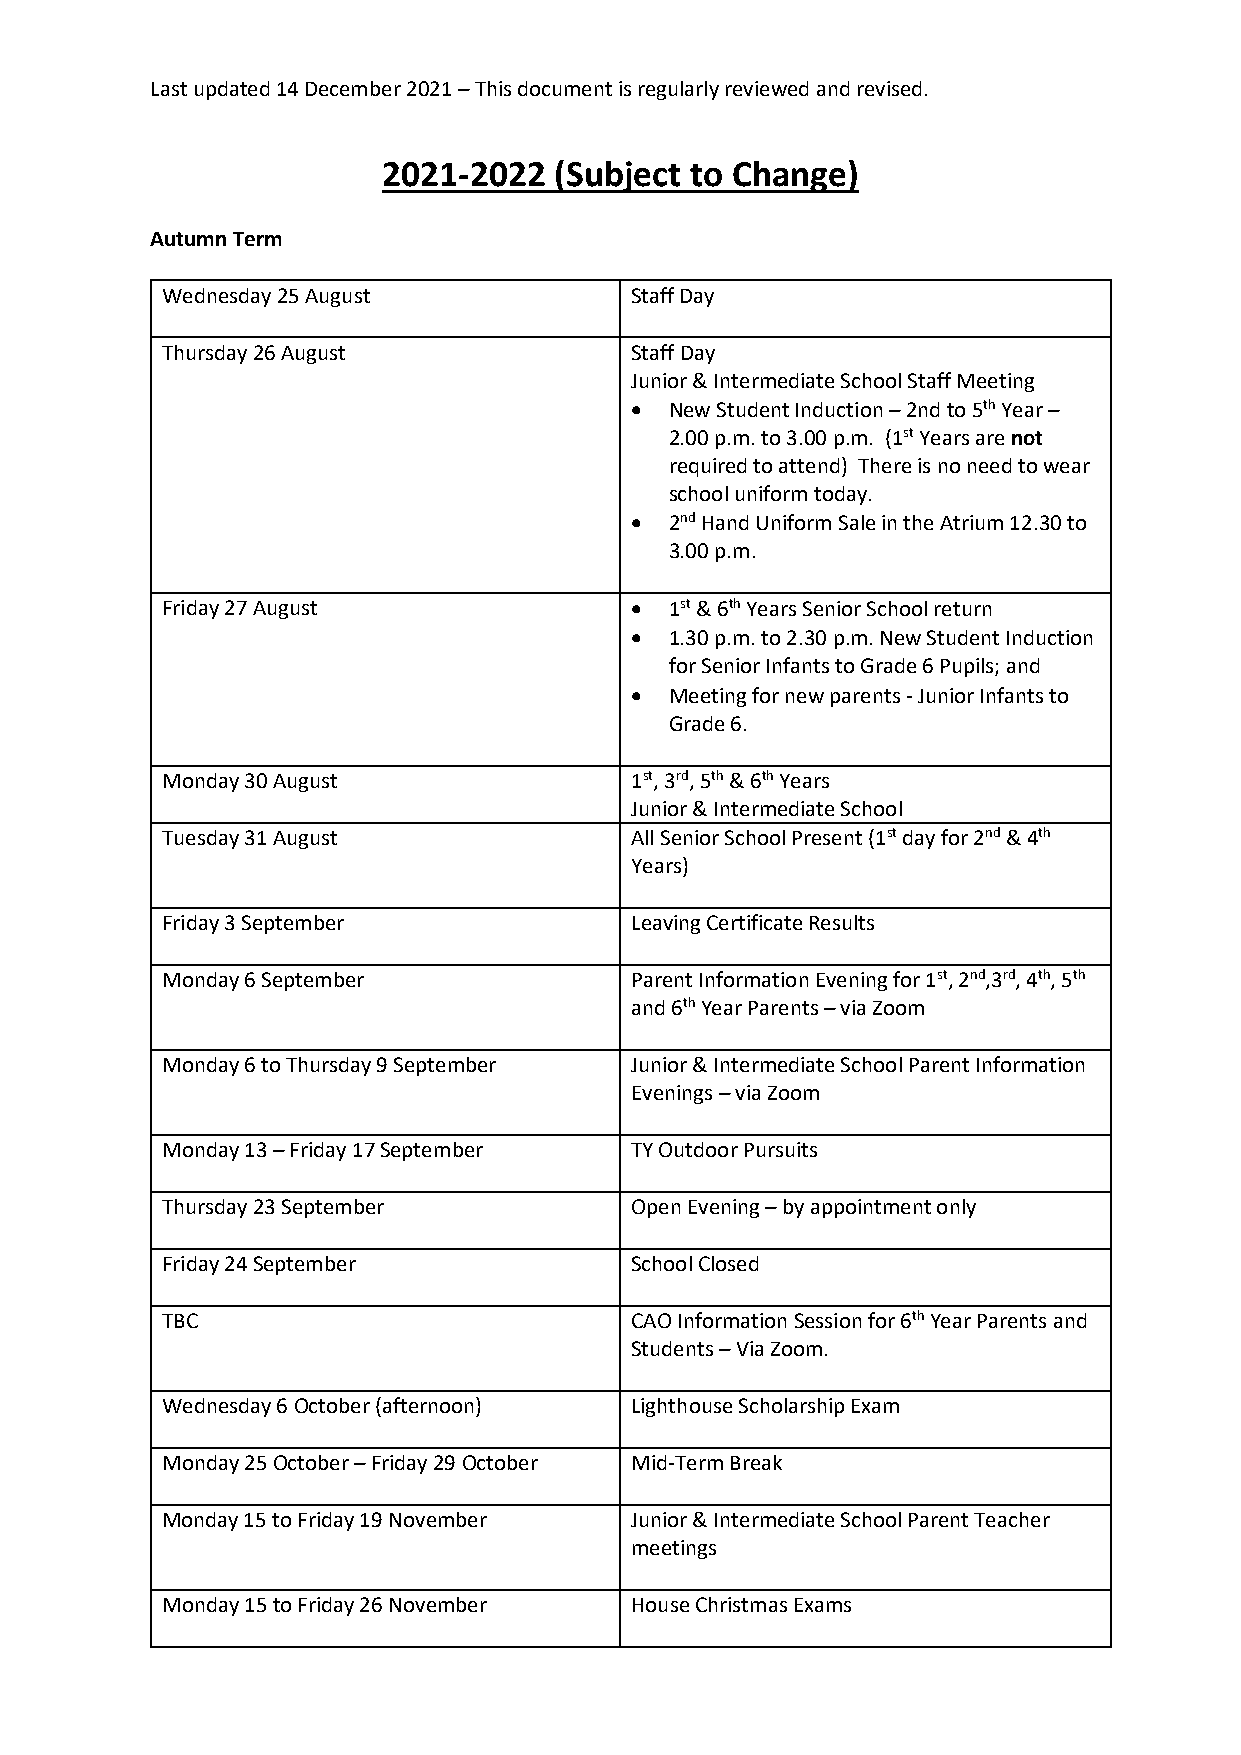
Last updated 14 December 2021 – This document is regularly reviewed and revised.
 2021-2022   (Subject to Change)
 Autumn Term
 Wednesday 25 August            Staff Day
 Thursday 26 August             Staff Day
 Junior & Intermediate School Staff Meeting
 • New Student Induction – 2nd to 5th Year –
 2.00 p.m. to 3.00 p.m. (1st Years are not
 required to attend) There is no need to wear
 school uniform today.
 • 2nd Hand Uniform Sale in the Atrium 12.30 to
 3.00 p.m.
 Friday 27 August               • 1st & 6th Years Senior School return
 • 1.30 p.m. to 2.30 p.m. New Student Induction
 for Senior Infants to Grade 6 Pupils; and
 • Meeting for new parents - Junior Infants to
 Grade 6.
 Monday 30 August               1st, 3rd, 5th & 6th Years
 Junior & Intermediate School
 Tuesday 31 August              All Senior School Present (1st day for 2nd & 4th
 Years)
 Friday 3 September             Leaving Certificate Results
 Monday 6 September             Parent Information Evening for 1st, 2nd,3rd, 4th, 5th
 and 6th Year Parents – via Zoom
 Monday 6 to Thursday 9 September Junior & Intermediate School Parent Information
 Evenings – via Zoom
 Monday 13 – Friday 17 September TY Outdoor Pursuits
 Thursday 23 September          Open Evening – by appointment only
 Friday 24 September            School Closed
 TBC                            CAO Information Session for 6th Year Parents and
 Students – Via Zoom.
 Wednesday 6 October (afternoon) Lighthouse Scholarship Exam
 Monday 25 October – Friday 29 October Mid-Term Break
 Monday 15 to Friday 19 November Junior & Intermediate School Parent Teacher
 meetings
 Monday 15 to Friday 26 November House Christmas Exams